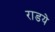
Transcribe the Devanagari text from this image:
राडये